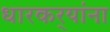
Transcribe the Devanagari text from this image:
धारकर्‍यांना